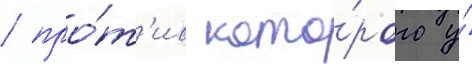
/ про́т'ив кото́рого у́